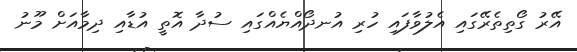
އޭރު ގޯތިތެރޭގައި އެލުވާފައި ހުރި އުނދޯއްޔެއްގައި ސުދާ އޮތީ އުޑާއި ދިމާއަށް މޫނު